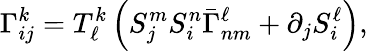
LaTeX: \Gamma_{ij}^{k}=T_{\ell}^{k}\left(S_{j}^{m}S_{i}^{n}\bar{\Gamma}_{nm}^{\ell}+\partial_{j}S_{i}^{\ell}\right),